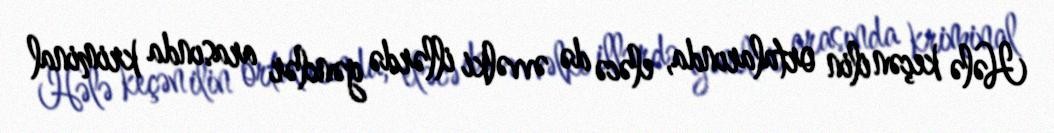
Hələ keçən ilin ortalarında, eləcə də əvvəlki illərdə gənclər arasında kriminal